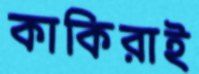
কাকিরাই